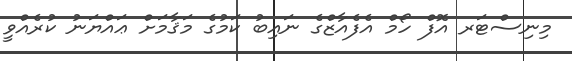
މިނިސްޓަރ އޮފް ހޯމް އެފެއާޒްގެ ނައިބު ކަމުގެ މަޤާމަށް ޢައްޔަނު ކުރެއްވީ